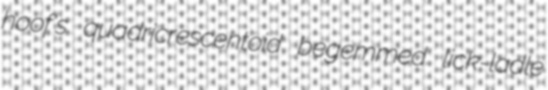
hoof's quadricrescentoid begemmed lick-ladle